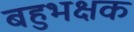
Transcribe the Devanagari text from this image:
बहुभक्षक